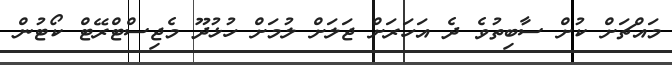
މައްޗަށް ކުށް ސާބިތުވެ ދެ އަހަރަށް ޖަލަށް ލުމަށް ހުޅުދޫ މެޖިސްޓްރޭޓް ކޯޓުން